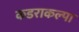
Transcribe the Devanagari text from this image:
कडराकल्पा